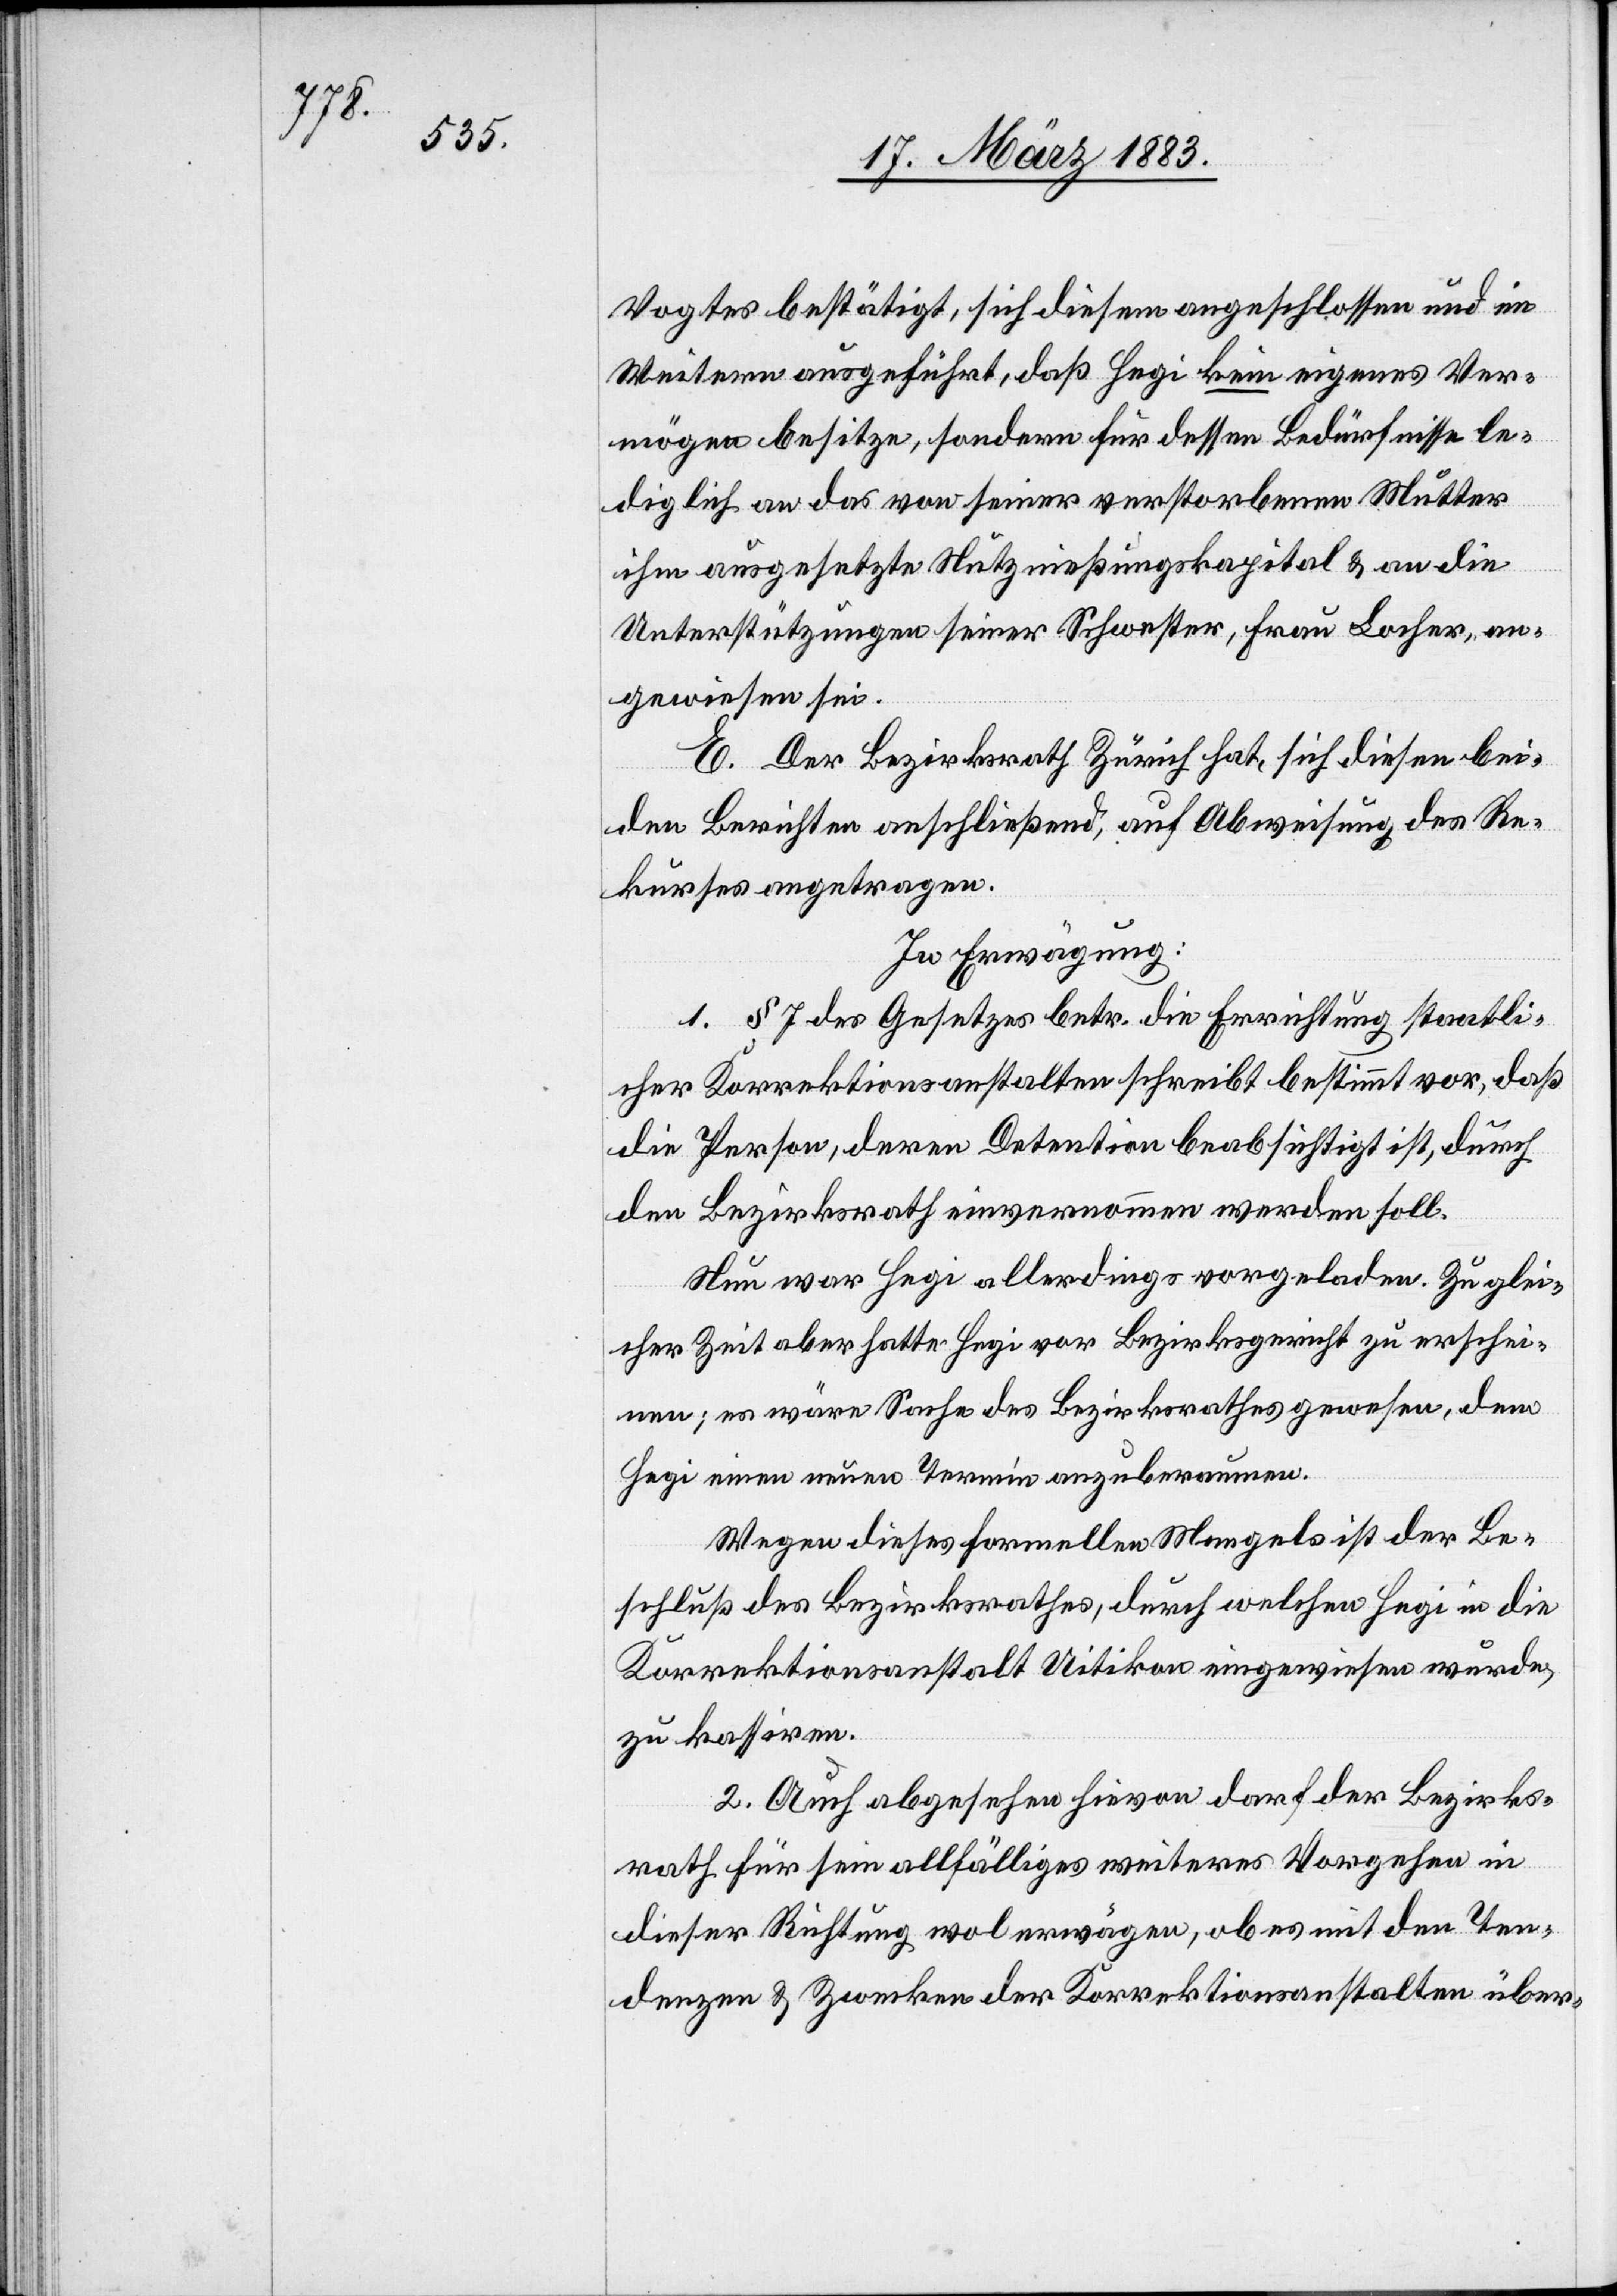
Vogtes bestätigt, sich diesem angeschlossen und im
Weitern ausgeführt, daß Hegi kein eigenes Ver¬
mögen besitze, sondern für dessen Bedürfnisse le¬
diglich an das von seiner verstorbenen Mutter
ihm ausgesetzte Nutznießungskapital & an die
Unterstützungen seiner Schwester, Frau Locher, an¬
gewiesen sei.
E. Der Bezirksrath Zürich hat, sich diesen bei¬
den Berichten anschließend, auf Abweisung des Re¬
kurses angetragen.
In Erwägung:
1. § 7 des Gesetzes betr. die Errichtung staatli¬
cher Korrektionsanstalten schreibt bestimmt vor, daß
die Person, deren Detention beabsichtigt ist, durch
den Bezirksrath einvernommen werden soll.
Nun war Hegi allerdings vorgeladen. Zu glei¬
cher Zeit aber hatte Hegi vor Bezirksgericht zu erschei¬
nen; es wäre Sache des Bezirksrathes gewesen, dem
Hegi einen neuen Termin anzuberaumen.
Wegen dieses formellen Mangels ist der Be¬
schluß des Bezirksrathes, durch welchen Hegi in die
Korrektionsanstalt Uitikon eingewiesen wurde,
zu kassiren.
2. Auch abgesehen hievon darf der Bezirks¬
rath für sein allfälliges weiteres Vorgehen in
dieser Richtung wol erwägen, ob es mit den Ten¬
denzen & Zwecken der Korrektionsanstalten über-